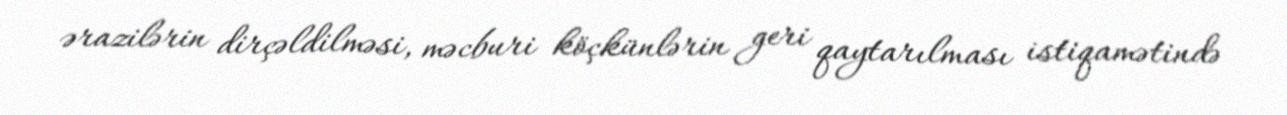
ərazilərin dirçəldilməsi, məcburi köçkünlərin geri qaytarılması istiqamətində